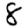
Digit: 8